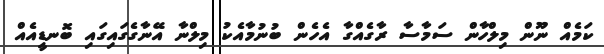
ކަމެއް ނޫން މިލްހާން ސަމާސާ ރާގެއްގާ އެހެން ބުނުމާއެކު މިލްނާ އޭނާގެގައިގައި ބޮނޑީއެއް